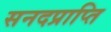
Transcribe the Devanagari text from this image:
सनदप्राप्ति